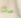
صك